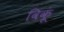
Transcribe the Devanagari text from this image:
विकूं